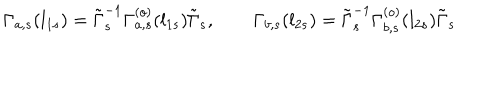
LaTeX: \Gamma _ { a , s } ( l _ { 1 s } ) = \tilde { \Gamma } _ { s } ^ { - 1 } \Gamma _ { a , s } ^ { ( o ) } ( l _ { 1 s } ) \tilde { \Gamma } _ { s } , \qquad \Gamma _ { b , s } ( l _ { 2 s } ) = \tilde { \Gamma } _ { s } ^ { - 1 } \Gamma _ { b , s } ^ { ( o ) } ( l _ { 2 s } ) \tilde { \Gamma } _ { s }